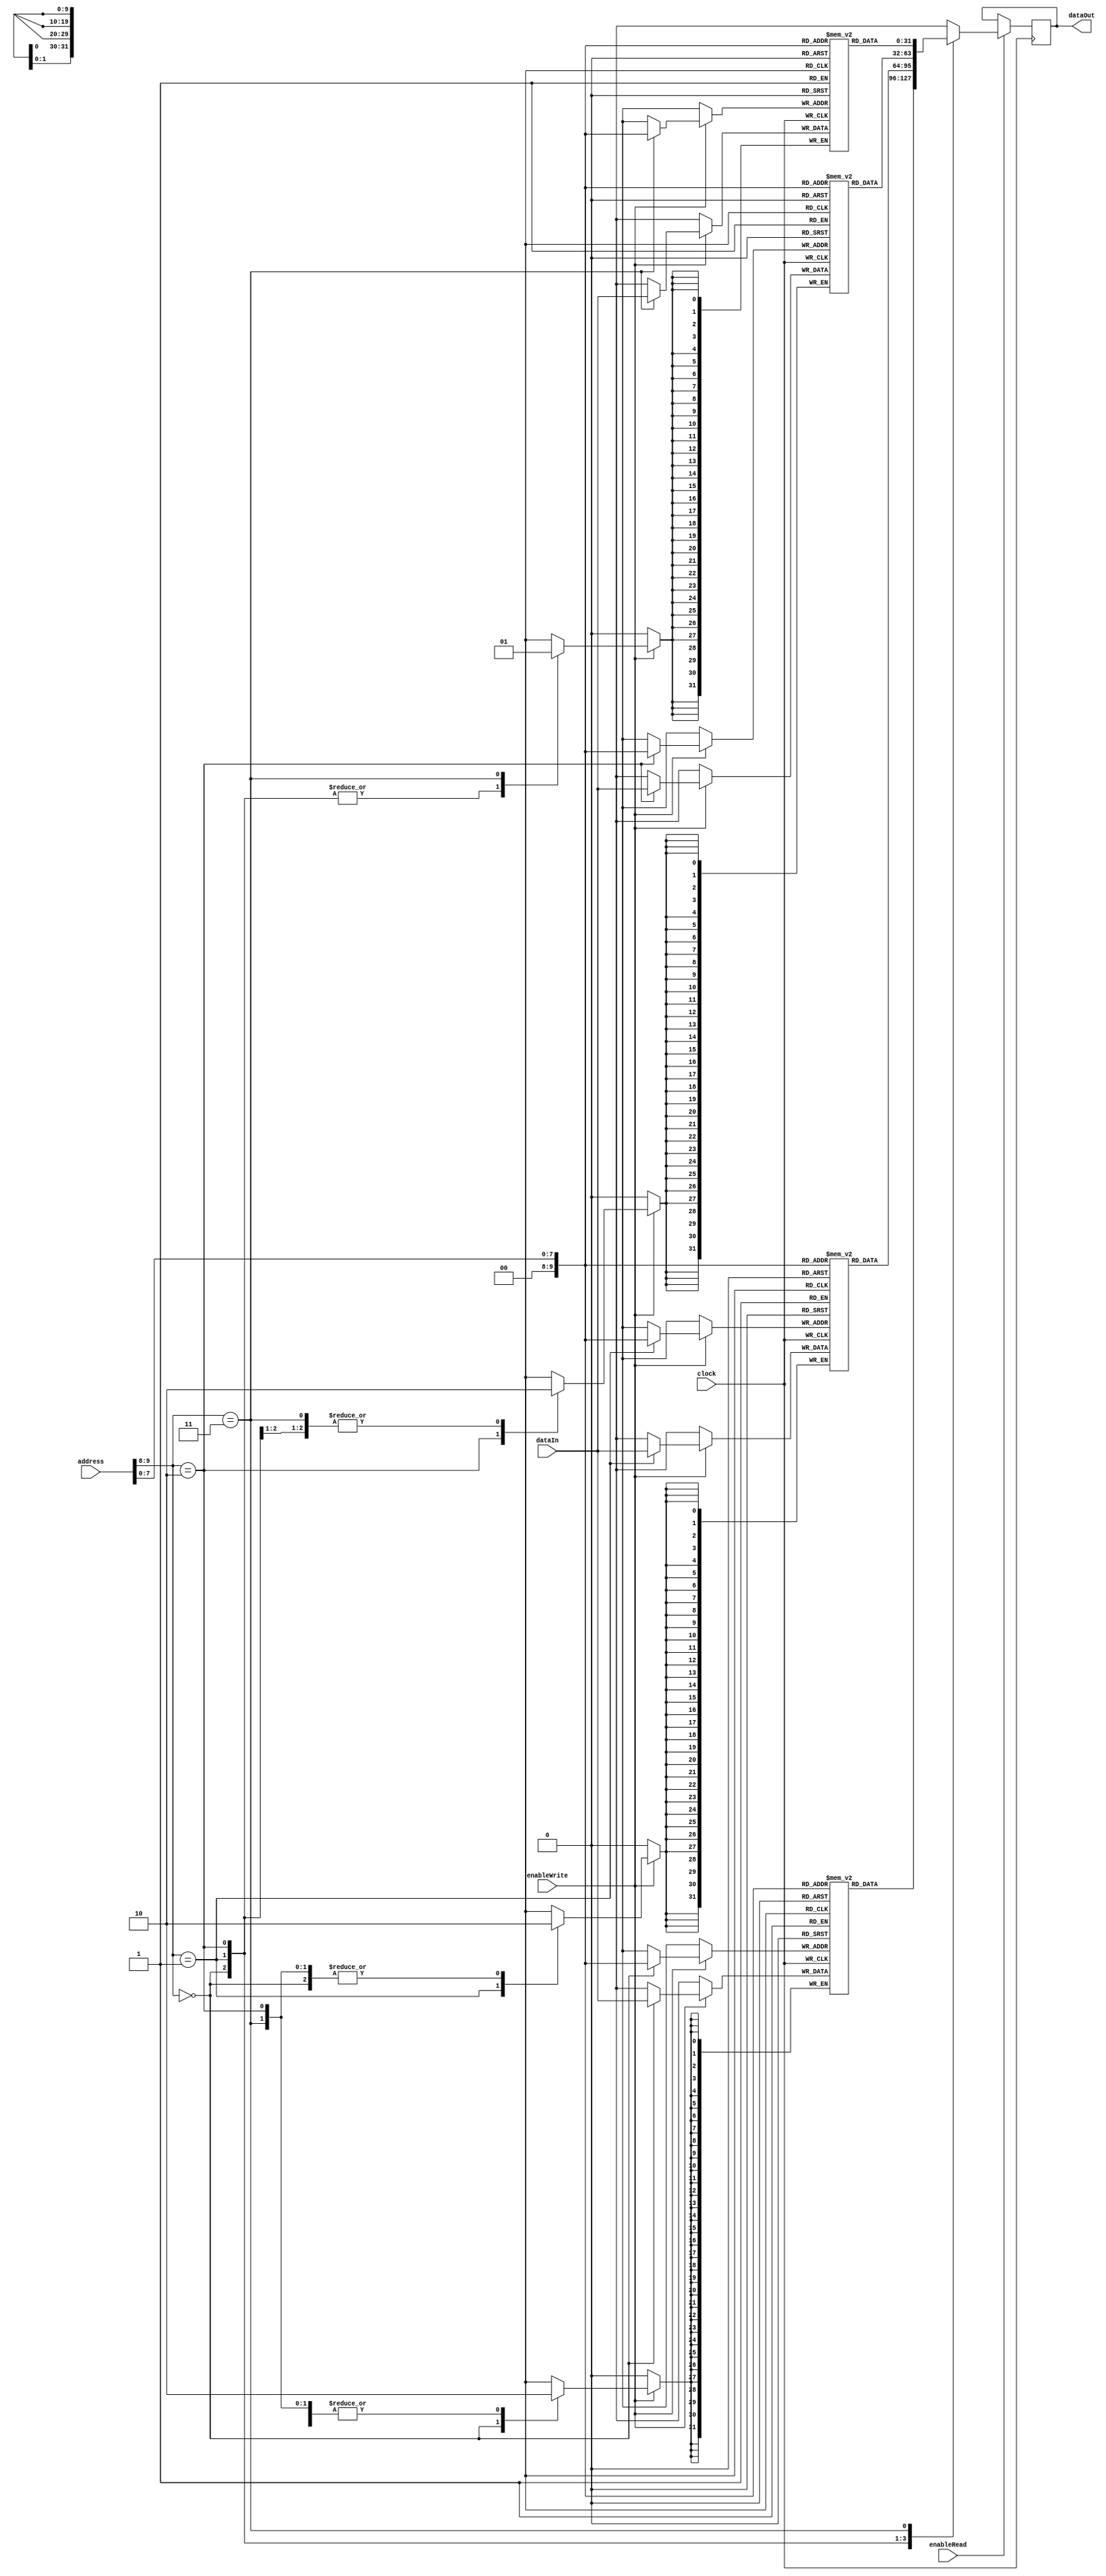
module MemoryBlocksQDRSRAM (
    input wire [31:0] address,
    input wire [31:0] dataIn,
    input wire enableRead,
    input wire enableWrite,
    input wire clock,
    output reg [31:0] dataOut
);

// Define memory block parameters
parameter MEM_BLOCK_SIZE = 1024; // Change based on memory block size
parameter NUM_BLOCKS = 4; // Change based on number of memory blocks

// Define memory block arrays
reg [31:0] memoryBlock0 [MEM_BLOCK_SIZE - 1:0];
reg [31:0] memoryBlock1 [MEM_BLOCK_SIZE - 1:0];
reg [31:0] memoryBlock2 [MEM_BLOCK_SIZE - 1:0];
reg [31:0] memoryBlock3 [MEM_BLOCK_SIZE - 1:0];

// Read operation
always @(posedge clock) begin
    if (enableRead) begin
        case(address[9:8])
            2'b00: dataOut <= memoryBlock0[address[7:0]];
            2'b01: dataOut <= memoryBlock1[address[7:0]];
            2'b10: dataOut <= memoryBlock2[address[7:0]];
            2'b11: dataOut <= memoryBlock3[address[7:0]];
        endcase
    end
end

// Write operation
always @(posedge clock) begin
    if (enableWrite) begin
        case(address[9:8])
            2'b00: memoryBlock0[address[7:0]] <= dataIn;
            2'b01: memoryBlock1[address[7:0]] <= dataIn;
            2'b10: memoryBlock2[address[7:0]] <= dataIn;
            2'b11: memoryBlock3[address[7:0]] <= dataIn;
        endcase
    end
end

endmodule